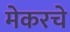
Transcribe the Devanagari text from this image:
मेकरचे